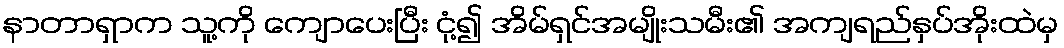
နာတာရှာက သူ့ကို ကျောပေးပြီး ငုံ့၍ အိမ်ရှင်အမျိုးသမီး၏ အကျရည်နှပ်အိုးထဲမှ